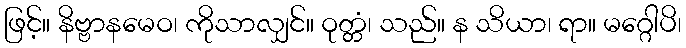
ဖြင့်။ နိဗ္ဗာနမေဝ၊ ကိုသာလျှင်။ ဝုတ္တံ၊ သည်။ န သိယာ၊ ရာ။ မဂ္ဂေါပိ၊